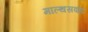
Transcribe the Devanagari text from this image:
माल्थसवाद